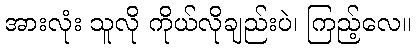
အားလုံး သူလို ကိုယ်လိုချည်းပဲ၊ ကြည့်လေ။